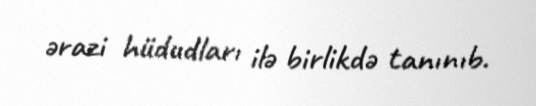
ərazi hüdudları ilə birlikdə tanınıb.